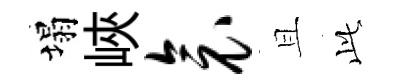
塌峽衾且𬼘